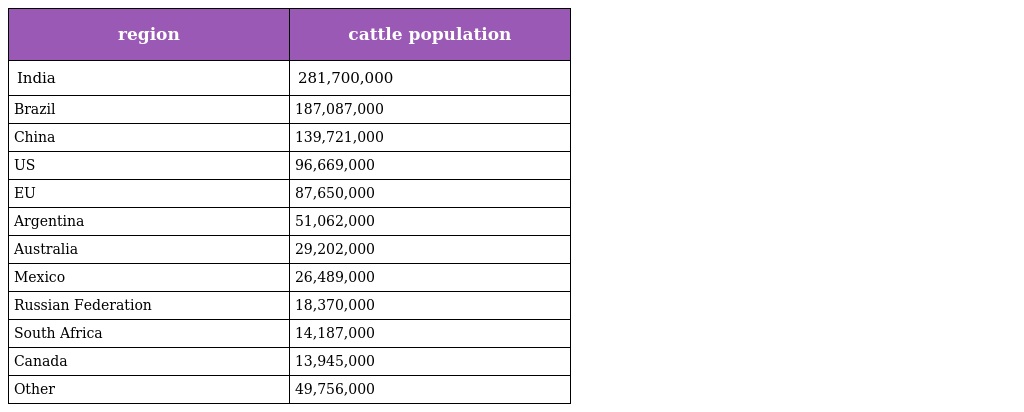
| region | cattle population |
 | --- | --- |
 | India | 281,700,000 |
 | Brazil | 187,087,000 |
 | China | 139,721,000 |
 | US | 96,669,000 |
 | EU | 87,650,000 |
 | Argentina | 51,062,000 |
 | Australia | 29,202,000 |
 | Mexico | 26,489,000 |
 | Russian Federation | 18,370,000 |
 | South Africa | 14,187,000 |
 | Canada | 13,945,000 |
 | Other | 49,756,000 |